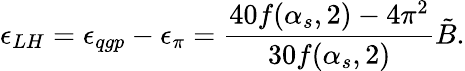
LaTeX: \epsilon_{LH}=\epsilon_{qgp}-\epsilon_{\pi}={\frac{40f(\alpha_{s},2)-4\pi^{2}}{30f(\alpha_{s},2)}}\tilde{B}.